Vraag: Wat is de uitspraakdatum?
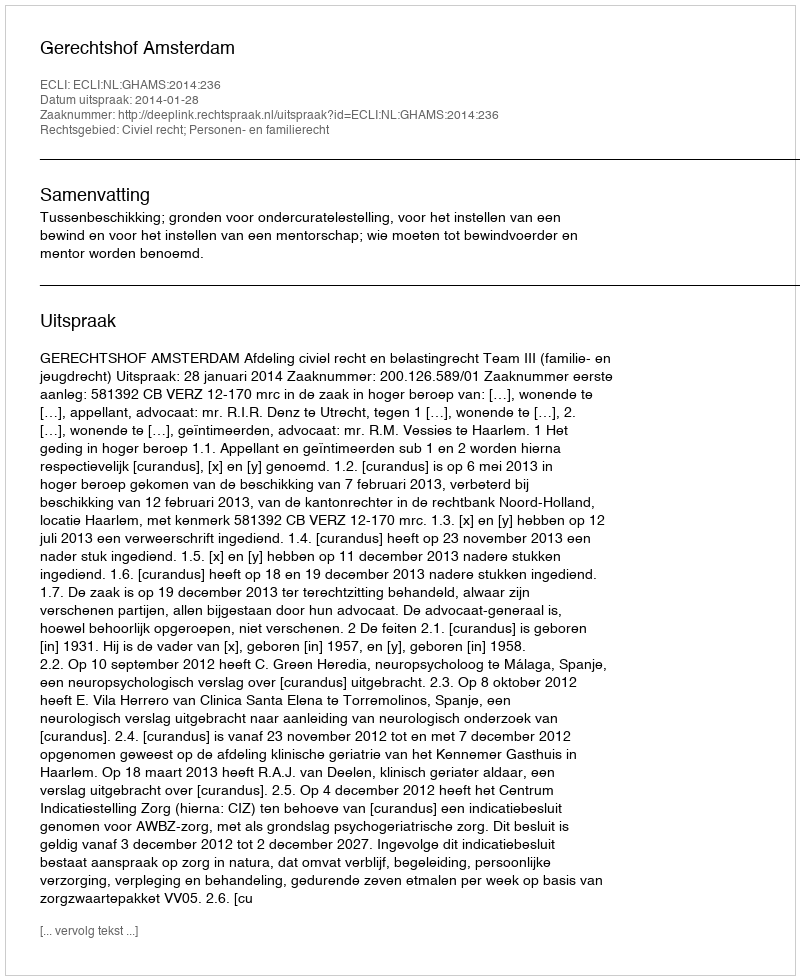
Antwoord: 2014-01-28